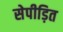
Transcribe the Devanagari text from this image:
सेपीड़ित